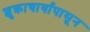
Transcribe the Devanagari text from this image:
शुक्राचार्यांपासून